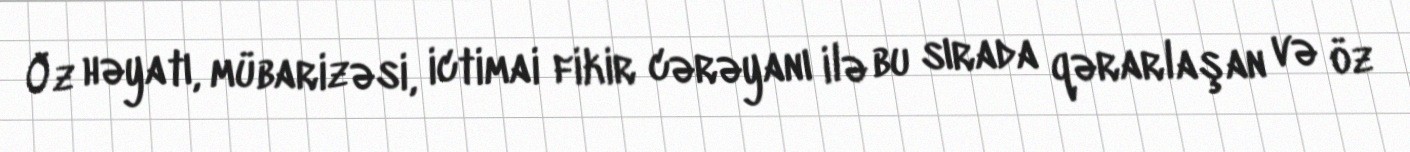
Öz həyatı, mübarizəsi, ictimai fikir cərəyanı ilə bu sırada qərarlaşan və öz